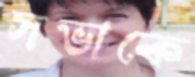
সভাকে